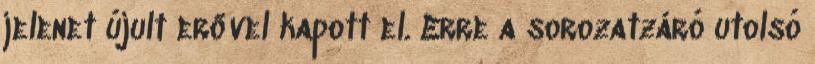
jelenet újult erővel kapott el. Erre a sorozatzáró utolsó